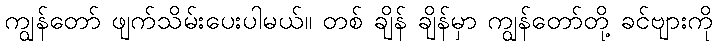
ကျွန်တော် ဖျက်သိမ်းပေးပါမယ်။ တစ် ချိန် ချိန်မှာ ကျွန်တော်တို့ ခင်ဗျားကို